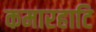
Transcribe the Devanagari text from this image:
कमारहाटि